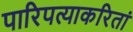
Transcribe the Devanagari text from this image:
पारिपत्याकरितां